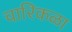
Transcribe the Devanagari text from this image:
चारिकळा